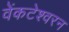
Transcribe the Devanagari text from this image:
वेंकटेश्वरन